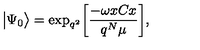
\big | \Psi _ { 0 } \big > = \mathrm { e x p } _ { q ^ { 2 } } \bigg [ { \frac { - \omega x C x } { q ^ { N } \mu } } \bigg ] ,